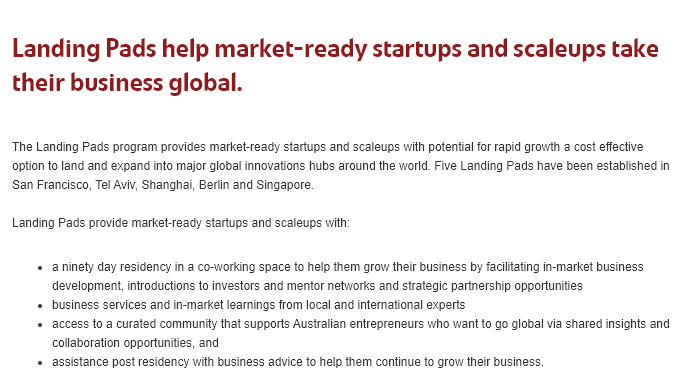
Landing    Pads    help    market-ready    startups    and    scaleups    take
   their    business    global.
  ‘The Landing Pads program provides market-ready startups and scaleups with potential for rapid growth a cost effective
   option to land and expand into major global innovations hubs around the world. Five Landing Pads have been established in
   San Francisco, Tel Aviv, Shanghai, Berlin and Singapore.
   Landing Pads provide market-ready startups and scaleups with
     a ninety day residency in a co-working space to help them grow their business by facilitating in-market business
     development, introductions to investors and mentor networks and strategic partnership opportunities,
     business services and in-market learnings from local and international experts
     access to a curated community that supports Australian entrepreneurs who want to go global via shared insights and
     collaboration opportunities, and
     assistance post residency with business advice to help them continue to grow their business.